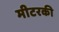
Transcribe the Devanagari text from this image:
मीटरकी